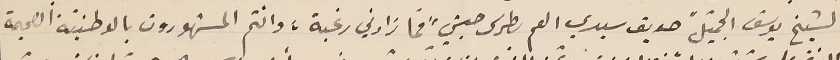
كالشيخ يوسف الجميل "صديق سيدي العم بطرس حبشي" فما زادني رغبة، وانتم المشهورون بالوطنيّة الصحيحة